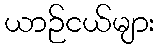
ယာဉ်ငယ်များ